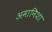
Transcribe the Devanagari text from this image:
अमानिशा